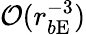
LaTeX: {\cal O}(r_{b\mathrm{E}}^{-3})